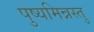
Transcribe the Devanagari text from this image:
पुष्यमिन्नस्तु